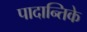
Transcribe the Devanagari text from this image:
पादान्तिके